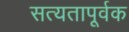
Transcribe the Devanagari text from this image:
सत्यतापूर्वक